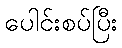
ပေါင်းစပ်ပြီး